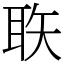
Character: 聅